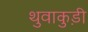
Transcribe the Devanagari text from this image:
थुवाकुड़ी